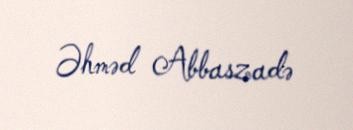
Əhməd Abbaszadə